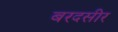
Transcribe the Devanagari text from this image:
बरदसीर